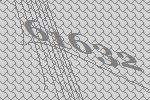
61632